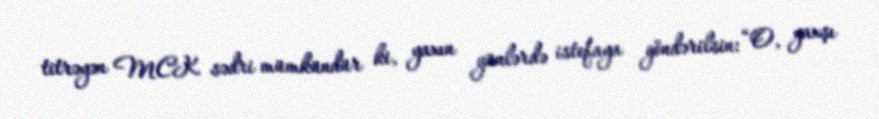
titrəyən MCK sədri mümkündür ki, yaxın günlərdə istefaya göndərilsin: “O, yaxşı